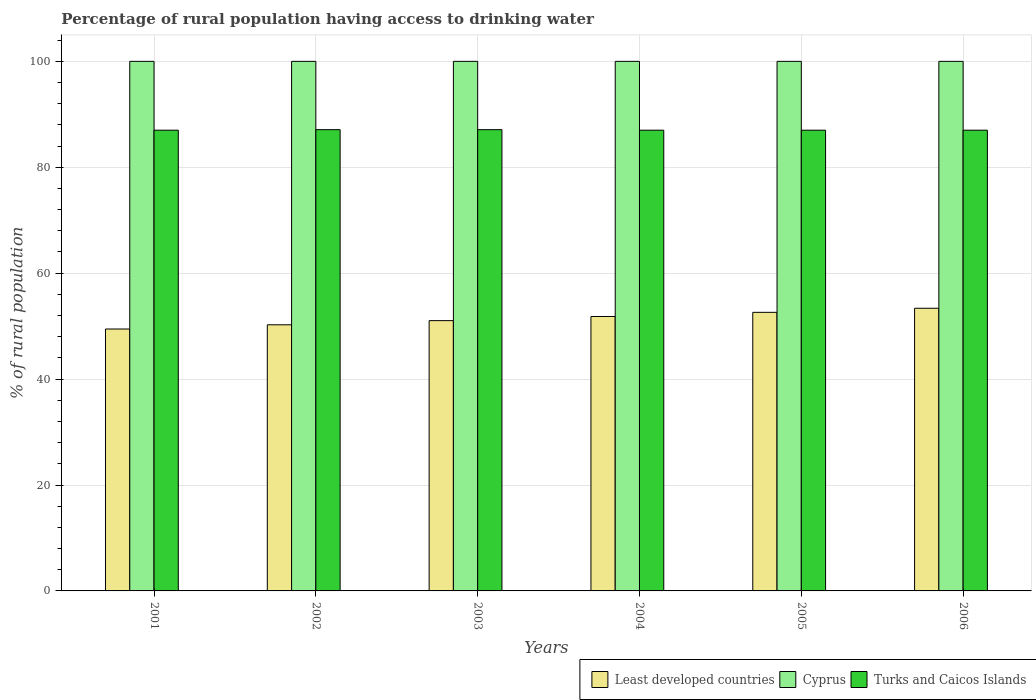
| Years | Least developed countries | Cyprus | Turks and Caicos Islands |
 | --- | --- | --- | --- |
 | 2001 | 49.5 | 100 | 87 |
 | 2002 | 50.3 | 100 | 87.1 |
 | 2003 | 51 | 100 | 87.1 |
 | 2004 | 51.8 | 100 | 87 |
 | 2005 | 52.6 | 100 | 87 |
 | 2006 | 53.4 | 100 | 87 |